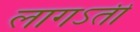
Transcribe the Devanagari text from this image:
लागऽती